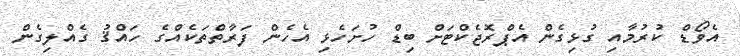
އެވޯޑް ކުރުމާއި ގުޅިގެން އެޕްރޮޖެކްޓަށް ބިޑް ހުށަހެޅި އެހެން ފަރާތްތަކެއްގެ ހައްޤު ގެއްލިގެން